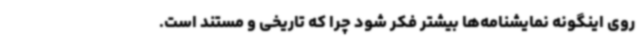
روی اینگونه نمایشنامه‌ها بیشتر فکر شود چرا که تاریخی و مستند است.